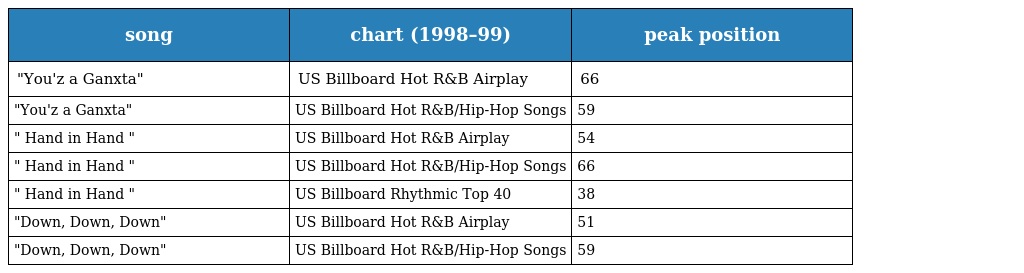
| song | chart (1998–99) | peak position |
 | --- | --- | --- |
 | "You'z a Ganxta" | US Billboard Hot R&B Airplay | 66 |
 | "You'z a Ganxta" | US Billboard Hot R&B/Hip-Hop Songs | 59 |
 | " Hand in Hand " | US Billboard Hot R&B Airplay | 54 |
 | " Hand in Hand " | US Billboard Hot R&B/Hip-Hop Songs | 66 |
 | " Hand in Hand " | US Billboard Rhythmic Top 40 | 38 |
 | "Down, Down, Down" | US Billboard Hot R&B Airplay | 51 |
 | "Down, Down, Down" | US Billboard Hot R&B/Hip-Hop Songs | 59 |